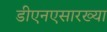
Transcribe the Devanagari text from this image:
डीएनएसारख्या